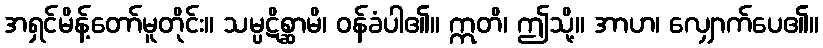
အရှင်မိန့်တော်မူတိုင်း။ သမ္ပဋိစ္ဆာမိ၊ ဝန်ခံပါ၏။ ဣတိ၊ ဤသို့။ အာဟ၊ လျှောက်ပေ၏။